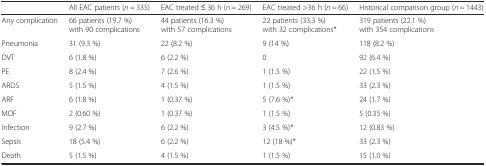
|  | All EAC patients (n = 335) | EAC treated ≤ 36 h (n = 269) | EAC treated >36 h (n = 66) | Historical comparison group (n = 1443) |
 | --- | --- | --- | --- | --- |
 | Any complication | 66 patients (19.7 %) with 90 complications | 44 patients (16.3 %) with 57 complications | 22 patients (33.3 %) with 32 complications* | 319 patients (22.1 %) with 354 complications |
 | Pneumonia | 31 (9.3 %) | 22 (8.2 %) | 9 (14 %) | 118 (8.2 %) |
 | DVT | 6 (1.8 %) | 6 (2.2 %) | 0 | 92 (6.4 %) |
 | PE | 8 (2.4 %) | 7 (2.6 %) | 1 (1.5 %) | 22 (1.5 %) |
 | ARDS | 5 (1.5 %) | 4 (1.5 %) | 1 (1.5 %) | 33 (2.3 %) |
 | ARF | 6 (1.8 %) | 1 (0.37 %) | 5 (7.6 %)* | 24 (1.7 %) |
 | MOF | 2 (0.60 %) | 1 (0.37 %) | 1 (1.5 %) | 5 (0.35 %) |
 | Infection | 9 (2.7 %) | 6 (2.2 %) | 3 (4.5 %)* | 12 (0.83 %) |
 | Sepsis | 18 (5.4 %) | 6 (2.2 %) | 12 (18 %)* | 33 (2.3 %) |
 | Death | 5 (1.5 %) | 4 (1.5 %) | 1 (1.5 %) | 15 (1.0 %) |